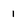
Character: 1